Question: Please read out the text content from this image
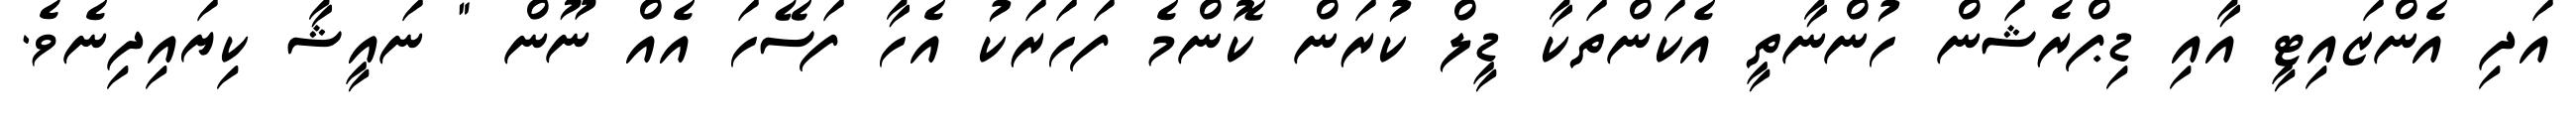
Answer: އަދި އެންޒައިޓީ އާއި ޑިޕްރެޝަން ހުންނާތީ އެކަންތަކާ ޑީލް ކުރަން ކޮންމެ ފަހަރަކު އެހާ ފަސޭހަ އެއް ނޫން " ނައީޝާ ކިޔައިދިނެވެ.